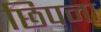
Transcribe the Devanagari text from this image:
छिपना